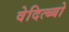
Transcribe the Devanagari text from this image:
वेदित्ब्बो